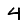
Digit: 4